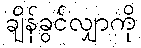
ချိန်ခွင်လျှာကို